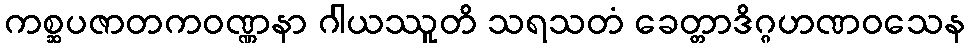
ကစ္ဆပဇာတကဝဏ္ဏနာ ဂါယဿူတိ သရသတံ ခေတ္တာဒိဂ္ဂဟဏဝသေန